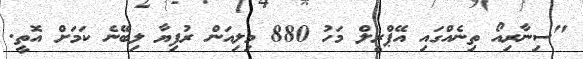
"ސިނާރިއޯ ތިނެއްގައި އޭޕްރީލް މަހު 880 މިލިއަން ރުފިޔާ ލިބޭނެ ކަމަށް އޮތީ.